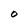
Character: O